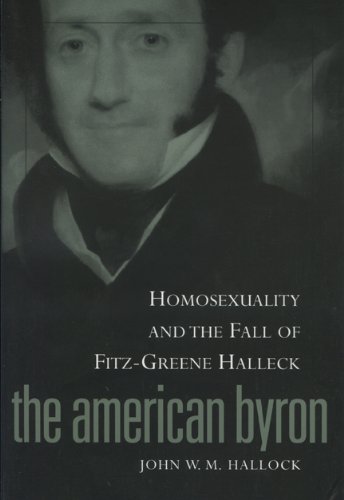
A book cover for American Byron: Homosexuality & The Fall Of Fitz-Greene Halleck; John W.M. Hallock; Gay & Lesbian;